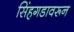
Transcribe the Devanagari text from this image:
सिंहगडावरून